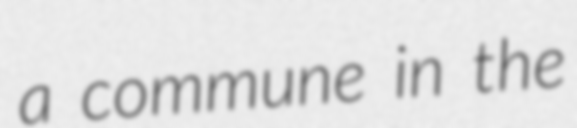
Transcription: a commune in the